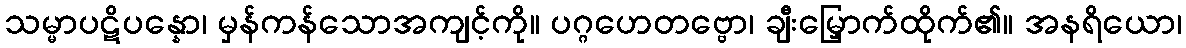
သမ္မာပဋိပန္နော၊ မှန်ကန်သောအကျင့်ကို။ ပဂ္ဂဟေတဗ္ဗော၊ ချီးမြှောက်ထိုက်၏။ အနရိယော၊